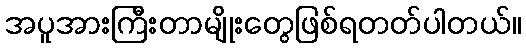
အပူအားကြီးတာမျိုးတွေဖြစ်ရတတ်ပါတယ်။